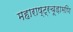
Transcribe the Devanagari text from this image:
महाराष्ट्रचूड़ामणि